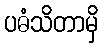
ပဓံသိတာမှိ